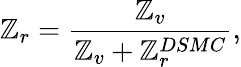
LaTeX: \mathbb{Z}_{r}=\frac{{\mathbb{Z}_{v}}}{{\mathbb{Z}_{v}+\mathbb{Z}_{r}^{DSMC}}},